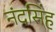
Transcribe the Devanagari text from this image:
नंदसिंह